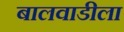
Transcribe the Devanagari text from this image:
बालवाडीला